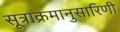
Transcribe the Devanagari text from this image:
सूत्राक्रमानुसारिणी